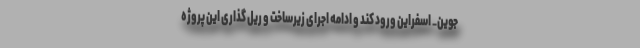
جوین_ اسفراین ورود کند و ادامه اجرای زیرساخت و ریل گذاری این پروژه